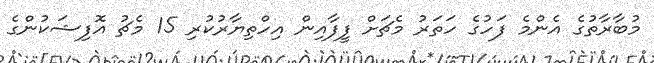
މުބާރާތުގެ އެންމެ ފަހުގެ ހަތަރު މެޗަށް ފީފާއިން އިހްތިޔާރުކުރި 15 މެޗު އޮފިޝަކުންގެ